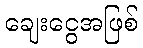
ချေးငွေအဖြစ်